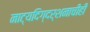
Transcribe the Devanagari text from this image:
नाट्यदिग्दर्शनाचीही